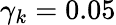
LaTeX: \gamma_{k}=0.05